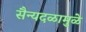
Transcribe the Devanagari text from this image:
सैन्यदळामुळे